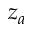
z _ { a }